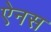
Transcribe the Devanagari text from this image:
ऐनस